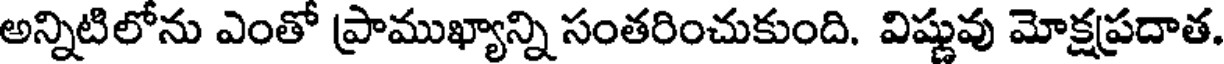
అన్నిటిలోను ఎంతో ప్రాముఖ్యాన్ని సంతరించుకుంది. విష్ణువు మోక్షప్రదాత.